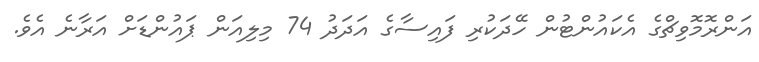
އަންރޮމޮވިޗްގެ އެކައުންޓުން ހޭދަކުރި ފައިސާގެ އަދަދު 74 މިލިއަން ޕައުންޑަށް އަރާނެ އެވެ.